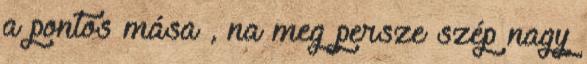
a pontos mása , na meg persze szép nagy